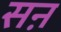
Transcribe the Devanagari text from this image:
सऩ